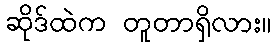
ဆိုဒ်ထဲက တူတာရှိလား။